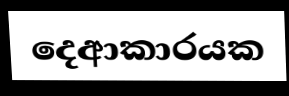
දෙආකාරයක